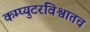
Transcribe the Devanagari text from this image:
कम्प्युटरविश्वातच